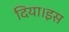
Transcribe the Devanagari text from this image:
दिया।इस